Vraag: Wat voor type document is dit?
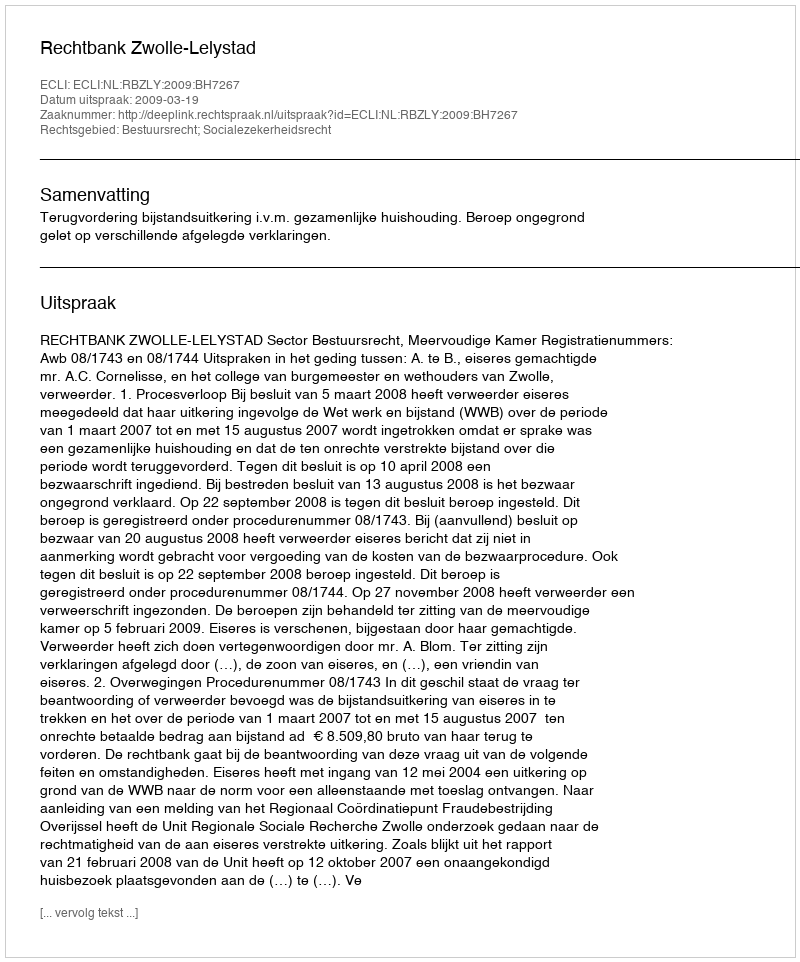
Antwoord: Uitspraak